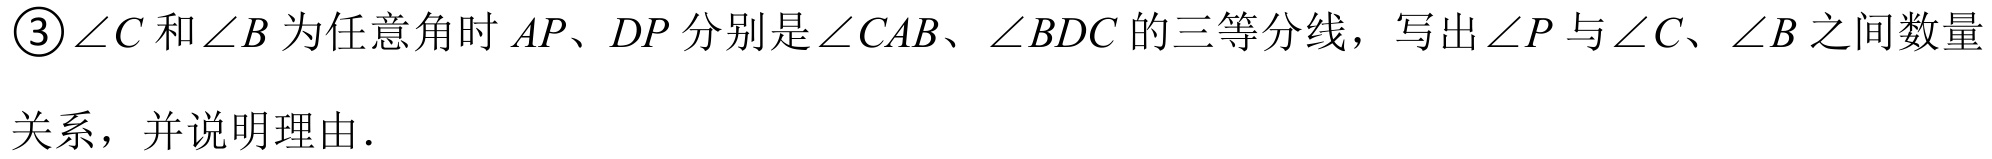
\textcircled{3}\(\angle C\)和\(\angle B\)为任意角时\(AP\)、\(DP\)分别是\(\angle CAB\)、\(\angle BDC\)的三等分线，写出\(\angle P\)与\(\angle C\)、\(\angle B\)之间数量关系，并说明理由.